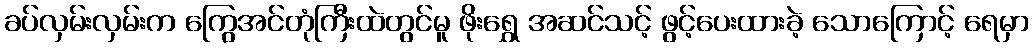
ခပ်လှမ်းလှမ်းက ကြွေအင်တုံကြီးထဲတွင်မူ ဖိုးရွှေ အဆင်သင့် ဖွင့်ပေးထားခဲ့ သောကြောင့် ရေမှာ